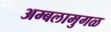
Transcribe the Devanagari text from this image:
अम्बलामुगळ